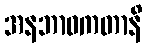
အနဘာဝကတာနိ